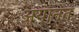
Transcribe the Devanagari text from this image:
अयानत